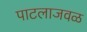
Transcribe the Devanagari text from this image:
पाटलाजवळ